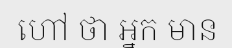
ហៅ ថា អ្នក មាន